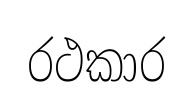
රථකාර